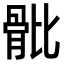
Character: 𩨨